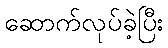
ဆောက်လုပ်ခဲ့ပြီး